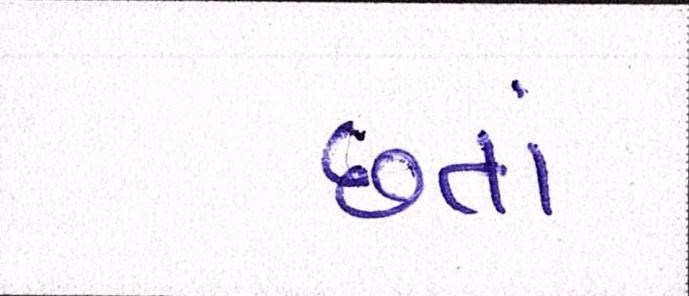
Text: છતાં